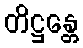
တိဋ္ဌန္တေ